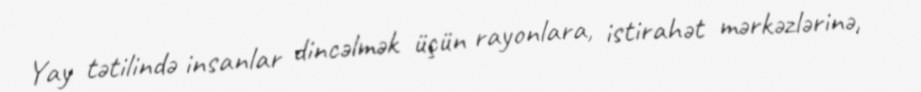
Yay tətilində insanlar dincəlmək üçün rayonlara, istirahət mərkəzlərinə,